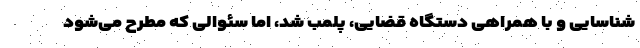
شناسایی و با همراهی دستگاه قضایی، پلمب شد، اما سئوالی که مطرح می‌شود